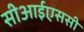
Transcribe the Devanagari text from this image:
सीआईएससी